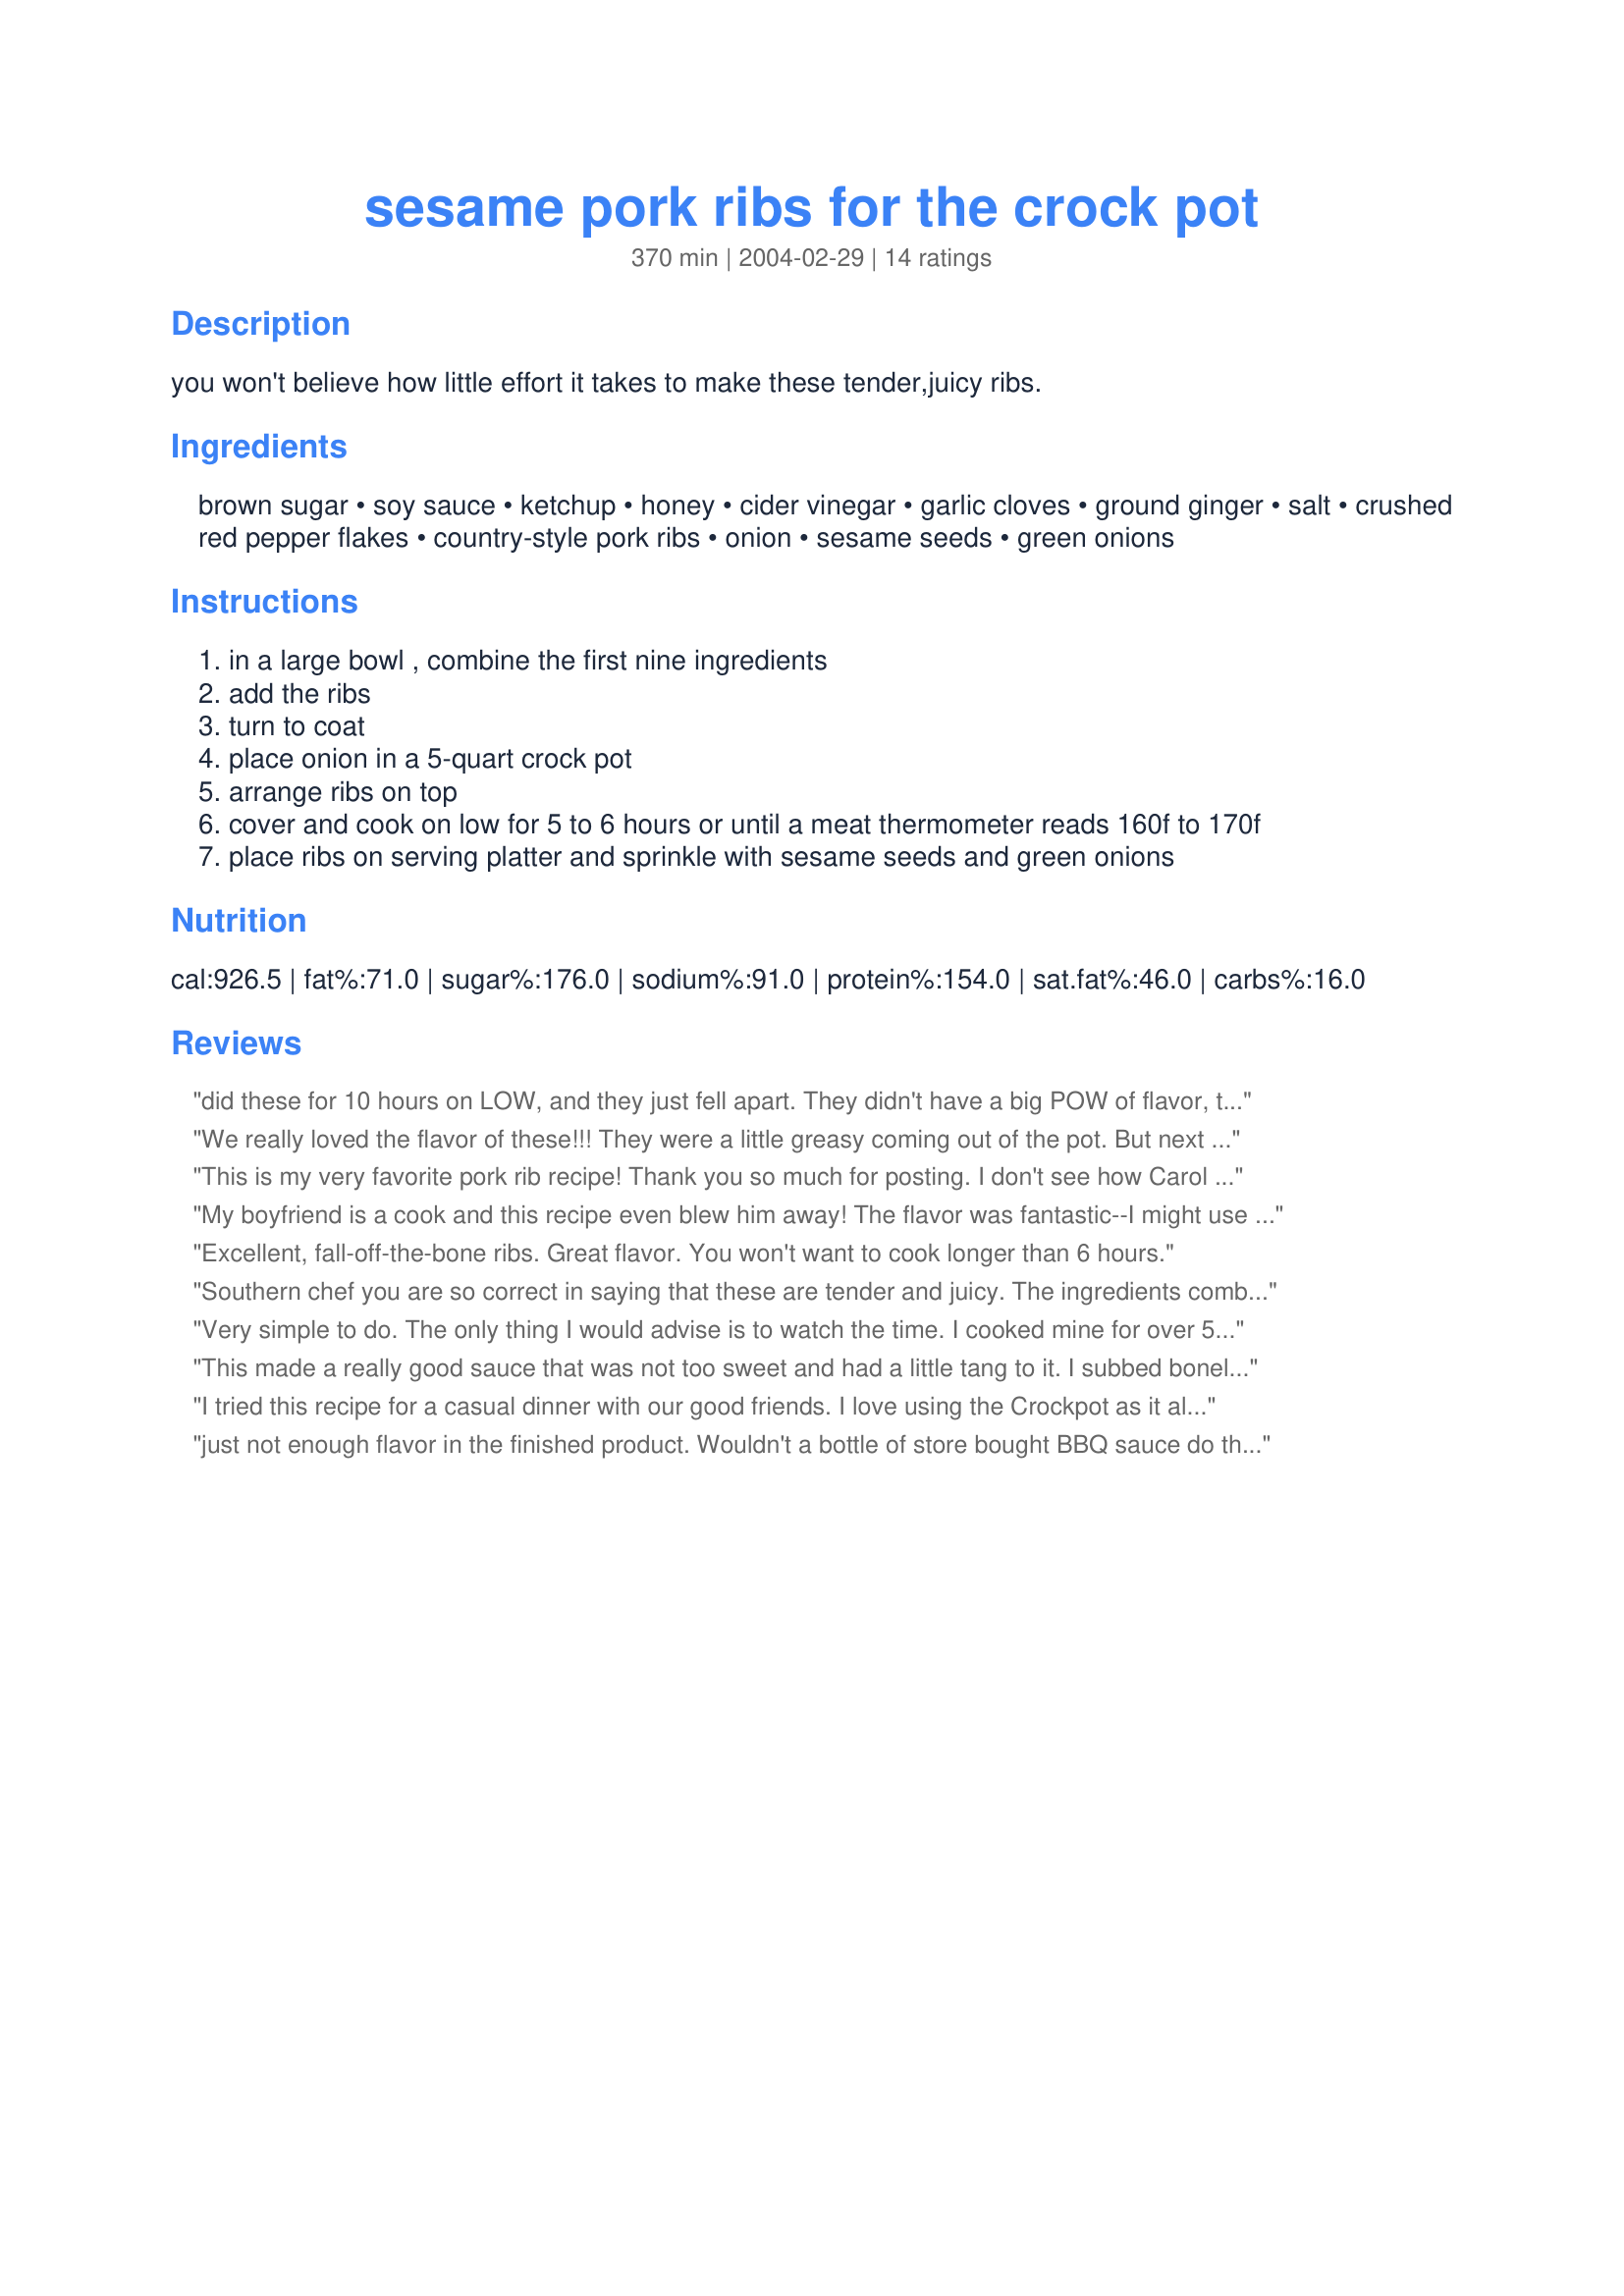
sesame pork ribs for the crock pot
Preparation time: 370 minutes

you won't believe how little effort it takes to make these tender,juicy ribs.

Ingredients:
brown sugar, soy sauce, ketchup, honey, cider vinegar, garlic cloves, ground ginger, salt, crushed red pepper flakes, country-style pork ribs, onion, sesame seeds, green onions

Steps:
in a large bowl , combine the first nine ingredients
add the ribs
turn to coat
place onion in a 5-quart crock pot
arrange ribs on top
cover and cook on low for 5 to 6 hours or until a meat thermometer reads 160f to 170f
place ribs on serving platter and sprinkle with sesame seeds and green onions

Reviews:
did these for 10 hours on LOW, and they just fell apart. They didn't have a big POW of flavor, though, even though I dumped in the rest of the sauce. Maybe next time I'll marinate them overnight...
We really loved the flavor of these!!! They were a little greasy coming out of the pot. But next time I would removed them and the degrease the drippings. Baste them and zap them under the broiler. Yumm!
This is my very favorite pork rib recipe! Thank you so much for posting. I don't see how Carol G. could have had so much sauce leftover since it only makes 2 cups to begin with. It definitely must be added for the cooking process. Sometimes the ribs make more or less "juice", so if I need to, I mix a little cornstarch with water and mix it into the pot for the last 5 minutes to thicken it up a little bit.
My boyfriend is a cook and this recipe even blew him away! The flavor was fantastic--I might use a little more red pepper next time because I like spicy food but the sweet and savory flavors soaked into the ribs really nicely. I also used some water to thin the marinate a bit and served over orzo. Great recipe
Excellent, fall-off-the-bone ribs. Great flavor. You won't want to cook longer than 6 hours.
Southern chef you are so correct in saying that these are tender and juicy. The ingredients combined into a great mild tasting recipe!! There was no one ingredient that over powered another. Here in Iowa, country-style pork ribs have the bone left in them and they are VERY meaty. I made to different recipes today, this one and Chinese Pork Ribs <a href="/157334">Chinese Pork Ribs</a>. I will be making this one again. Thank you for sharing your recipe.
Very simple to do. The only thing I would advise is to watch the time. I cooked mine for over 5 hours and they were a bit too done for me. A bit dry. A little less time and they would have been perfect!! Thanks Recipe Fairy.
This made a really good sauce that was not too sweet and had a little tang to it. I subbed boneless/skinless chicken breasts for the ribs and when the chicken was done I turned the crock off and tossed in some peppers and onions that had been cut up. I let it sit on the counter for a while so the vegetables could soften just a bit but still retain some crunch. Removed everything from the crock and poured the sauce in a pan and thickened the sauce with a little cornstarch. Served it all over rice and had a nice Sunday dinner with very little effort. Thanks for sharing!
I tried this recipe for a casual dinner with our good friends. I love using the Crockpot as it allowed me to get the main ingredient ready with little fuss. The variations were that I cut back on the soy sauce (about 1/2 as we are very sodium conscious) and therefore cut the sweet ingredients so as to keep the balance. I also always brown the meat on a skillet to lock in the flavor. My guests really enjoyed the pork which was fork tender along with the onions and au jus.
just not enough flavor in the finished product. Wouldn't a bottle of store bought BBQ sauce do the same? and there would be no waste of ingredients, I dumped about 2 cups of sauce down the drain as it doesen't really stick to the ribs, & to add it on top of the ribs for the cooking process would mean way to much liquid in the pot. I wouldn't make them again.
Not only was this very tasty but my picky 10 y/o asked for a second helping AND asked for leftovers tonight...a rarity here! I cut the recipe in half, used all boneless country ribs and I threw in one large rib w/bone in...both rib meats were moist and tender; cooked for 5 hours on low perfectly. I used seasoned rice wine vinegar instead of the regular vinegar and added a few squirts of bottled Sweet Baby Ray's regular BBQ sauce to the liquid. This is not a thick, sticky sauce, as you would find while ordering chinese takeout but the thin sauce is tasty and makes for nice, tender, moist pork. I made with a side of white rice and broccoli. I left off the green onions (picky son). I will be making this many times and next time and would like to try it with chicken breasts, pork tenderloin or boneless chops. Thank you so much for posting this recipe!!!
We've been making this recipe for years (it's in a cookbook I own) and we love it. I don't feel the need to change a thing. Most of the ingredients are things I have on hand all the time, and they are very easy to throw together. The ribs are tender and flavorful. I serve them with brown rice and veggies and the kids always ask for seconds! Yum!
I enjoyed these ribs, as did everyone in my family, but (as one reviewer put it) it didn't have any POW to the flavor...it's not that it tasted bad, it just didn't have any distinct flavor - just sweet. However, I will make it again and I will use a little more vinegar for tang and see if that doesn't do the trick. I baked these in the oven, covered tightly, @300º for 2 to 3 hrs and they were fall-off-the-bone perfect. Thank you for posting.
These are very good. I think they'd taste better grilled or baked though. The sauce is wonderful.
